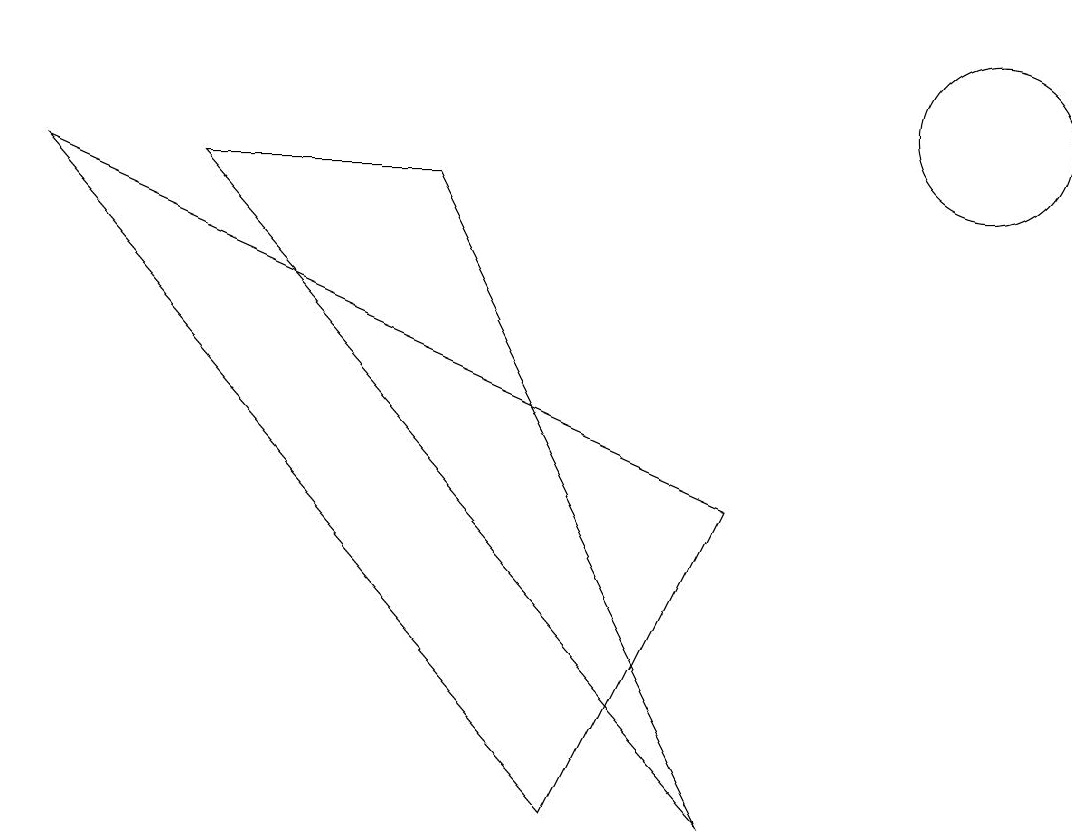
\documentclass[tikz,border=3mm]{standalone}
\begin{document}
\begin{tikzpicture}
\draw (5,9) -- (9,1) -- (2,9) -- cycle;
\draw (12,11) circle (0);
\draw (0,9) -- (7,1) -- (9,5) -- cycle;
\draw (12,10) circle (1);
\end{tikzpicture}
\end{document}